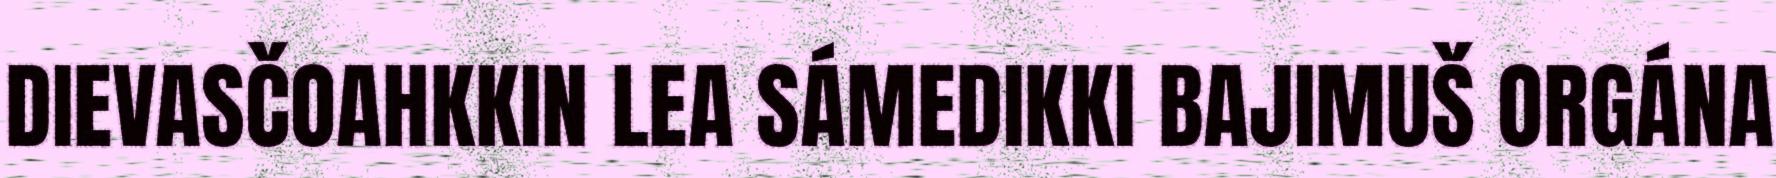
DIEVASČOAHKKIN LEA SÁMEDIKKI BAJIMUŠ ORGÁNA